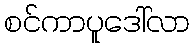
စင်ကာပူဒေါ်လာ